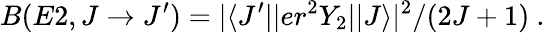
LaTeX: B(E2,J\rightarrow J^{\prime})=|\langle J^{\prime}||er^{2}Y_{2}||J\rangle|^{2}/(2J+1)~.